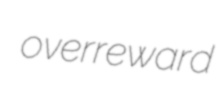
overreward